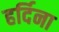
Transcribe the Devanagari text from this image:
हर्दिना